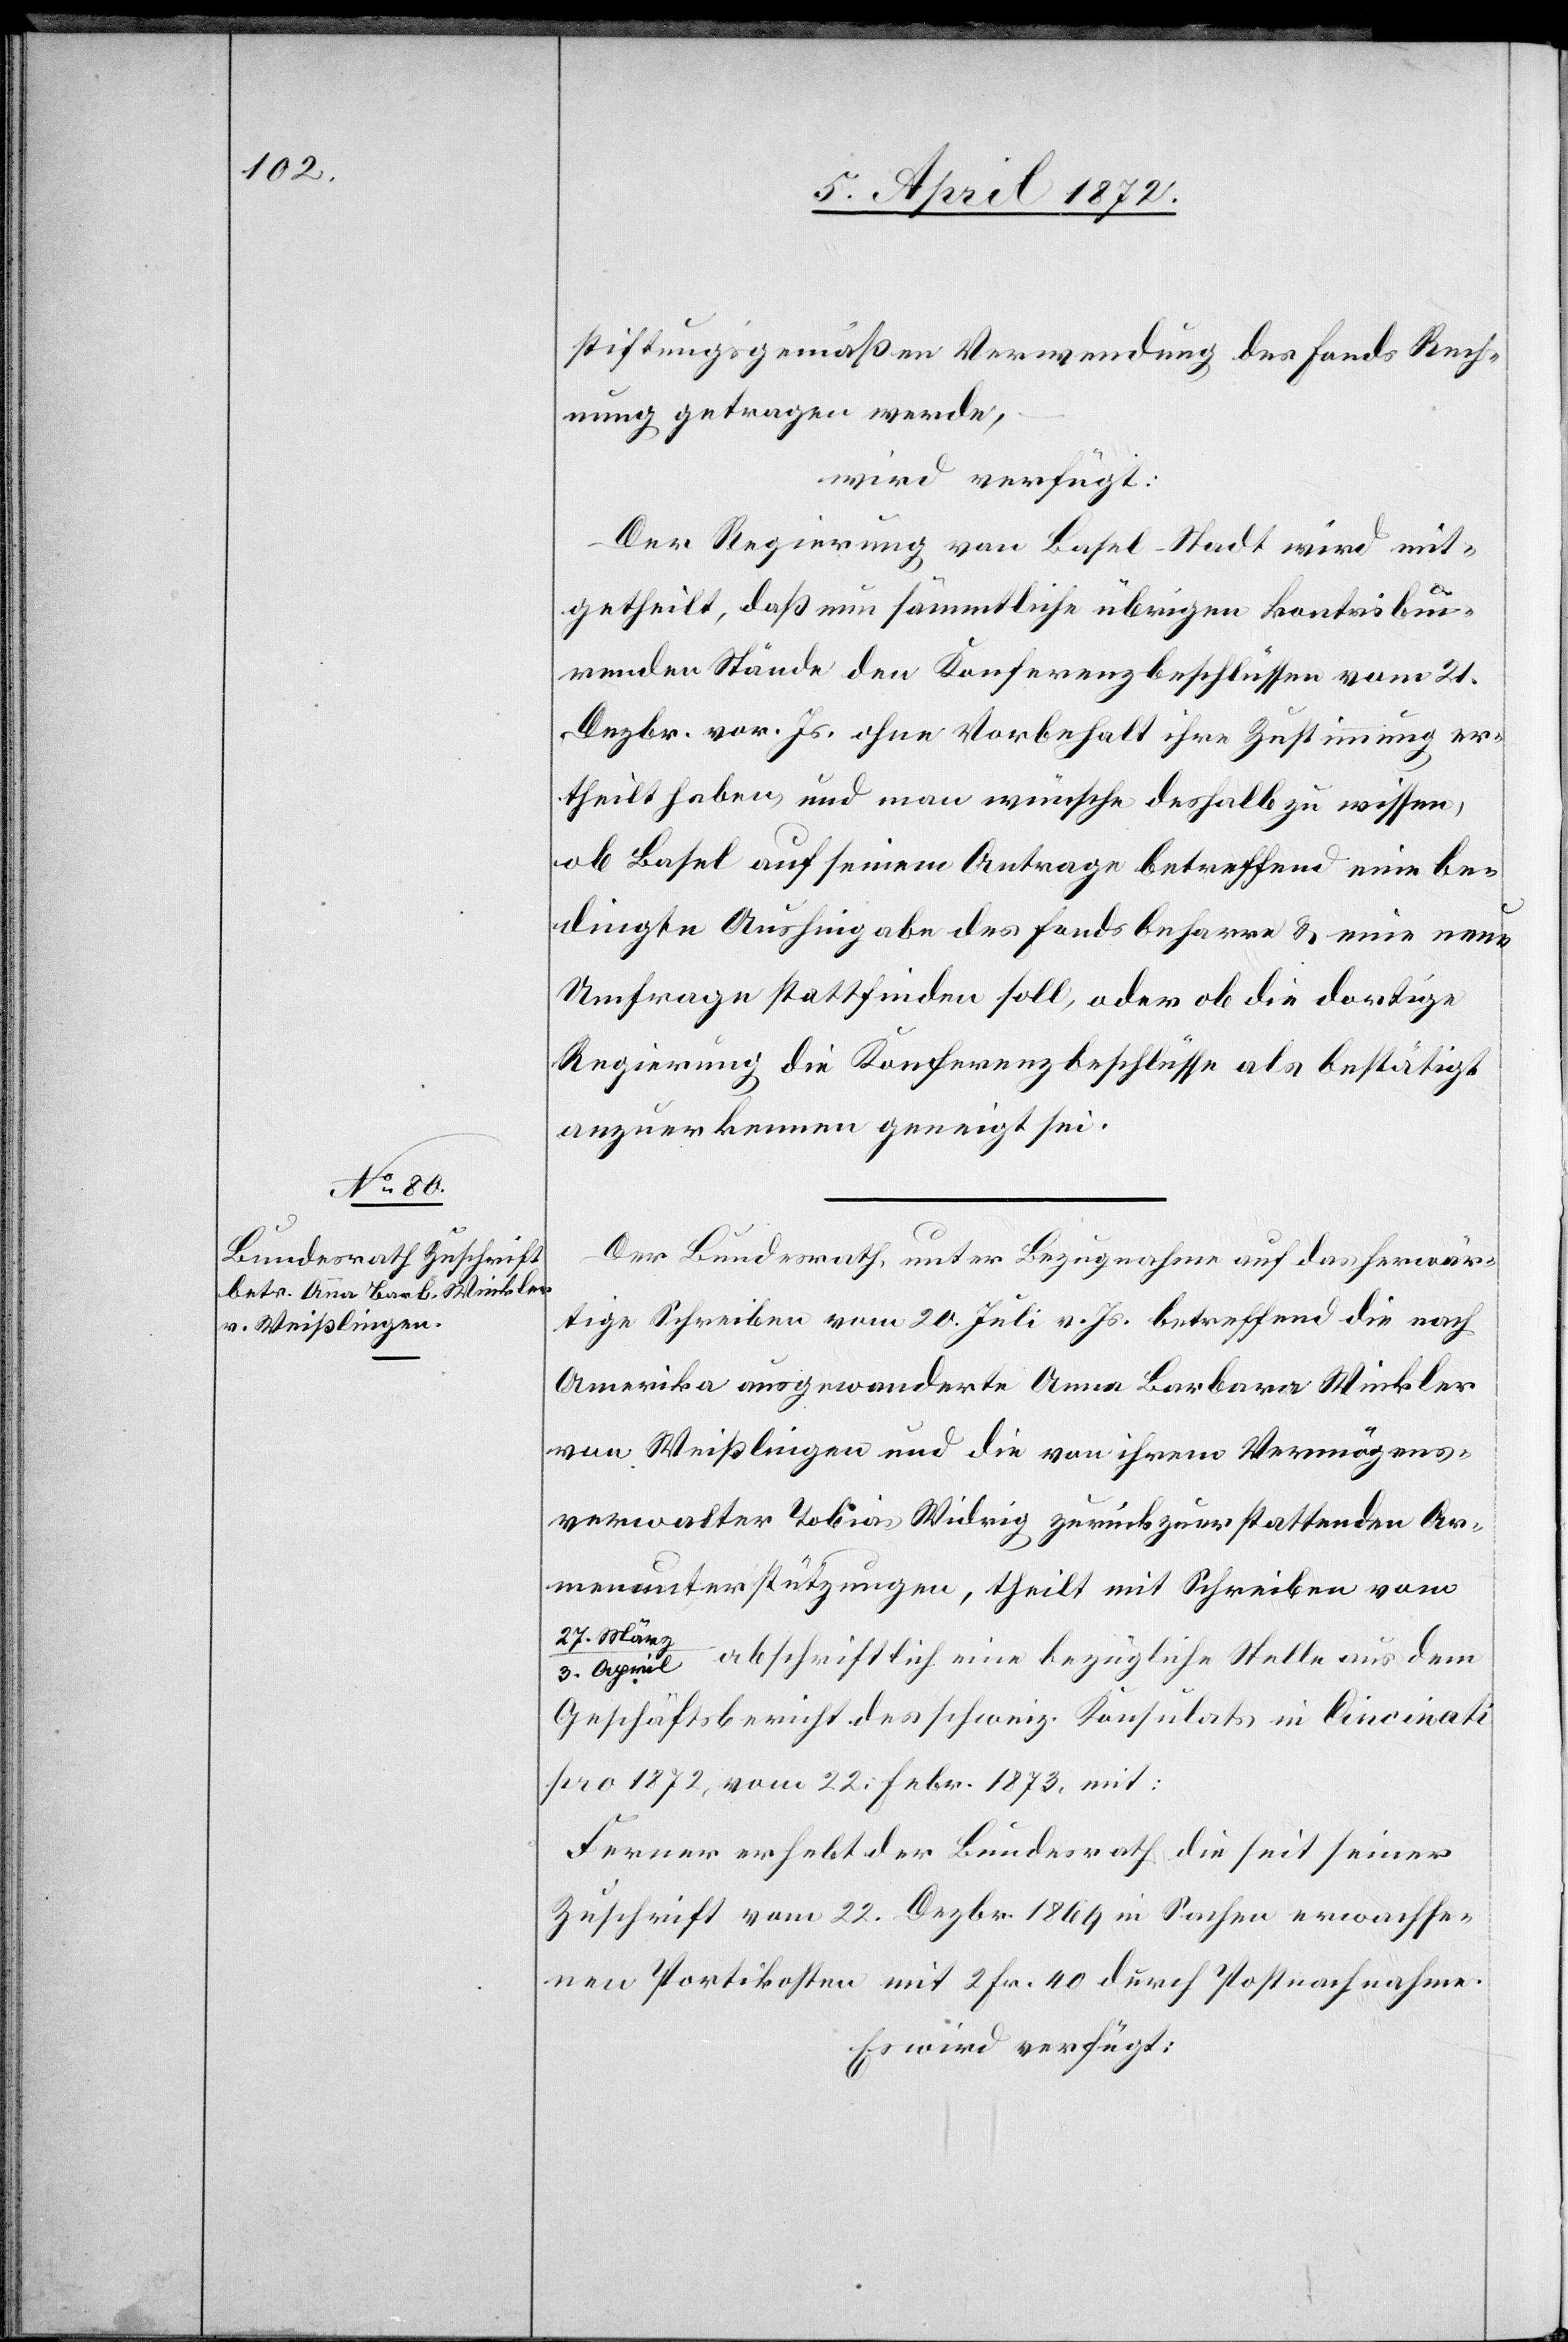
8. April 1873.]
stiftungsgemäßen Verwendung des Fonds Rech¬
nung getragen werde,
wird verfügt:
Der Regierung von Basel-Stadt wird mit¬
getheilt, daß nun sämmtliche übrigen kontribui¬
renden Stände den Konferenzbeschlüssen vom 21.
Dezbr. vor. Js. ohne Vorbehalt ihre Zustimmung er¬
theilt haben, und man wünsche deshalb zu wissen,
ob Basel auf seinem Antrage betreffend eine be¬
dingte Aushingabe des Fonds beharre & eine neue
Umfrage stattfinden soll, oder ob die dortige
Regierung die Konferenzbeschlüsse als bestätigt
anzuerkennen geneigt sei.
Der Bundesrath unter Bezugnahme auf das herwär¬
tige Schreiben vom 20. Juli v. Js. betreffend die nach
Amerika ausgewanderte Anna Barbara Winkler
von Weißlingen und die von ihrem Vermögens¬
verwalter Tobias Widrig zurückzuerstattenden Ar¬
menunterstützungen, theilt mit Schreiben vom
27. Mär¬
abschriftlich eine bezügliche Stelle aus dem
z/3. April
Geschäftsbericht des schweiz. Konsulats in Cincinati
pro 1872, vom 22. Febr. 1873, mit:
Ferner erhebt der Bundesrath die seit seiner
Zuschrift vom 22. Dezbr. 1869 in Sachen erwachse¬
nen Portikosten mit 2 Fr. 40 durch Postnachnahme.
Es wird verfügt: